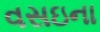
વસઇના